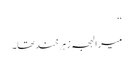
‘‘
میرا لہجہ زہرخند تھا۔